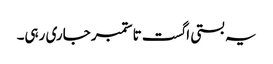
یہ بستی اگست تا ستمبر جاری رہی۔